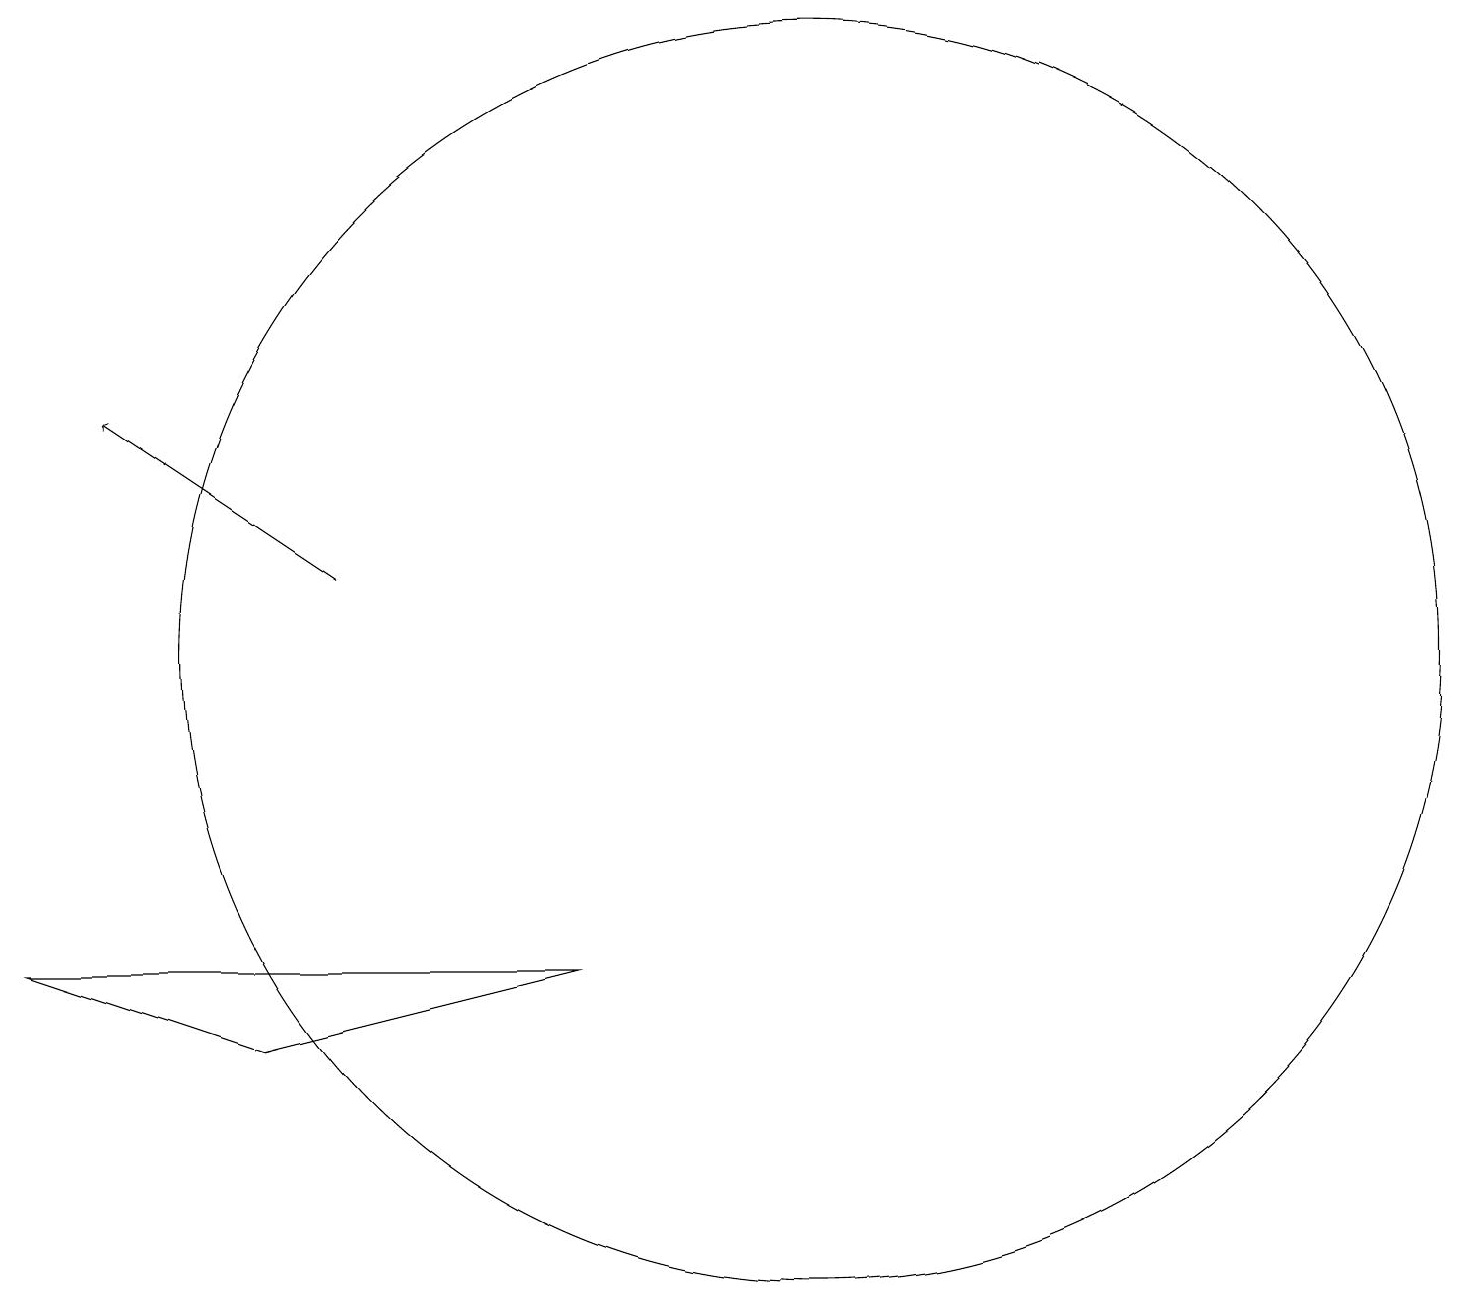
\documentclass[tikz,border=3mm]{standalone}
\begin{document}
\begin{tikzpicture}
\draw[->] (4,11) -- (1,13);
\draw (10,10) circle (8);
\draw (0,6) -- (3,5) -- (7,6) -- cycle;
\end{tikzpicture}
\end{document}